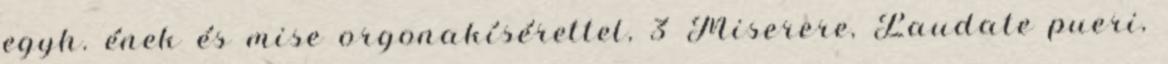
egyh. ének és mise orgonakísérettel, 3 Miserere, Laudate pueri,